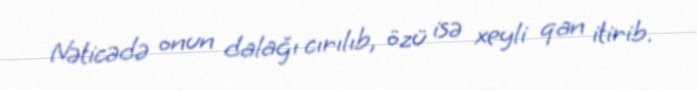
Nəticədə onun dalağı cırılıb, özü isə xeyli qan itirib.